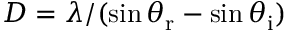
D = \lambda / ( \sin { \theta _ { \mathrm { { r } } } } - \sin { \theta _ { \mathrm { { i } } } } )